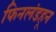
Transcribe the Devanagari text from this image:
फिनलंडहून